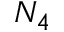
N _ { 4 }